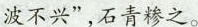
波不兴”，石青糁之。